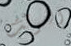
الوقت